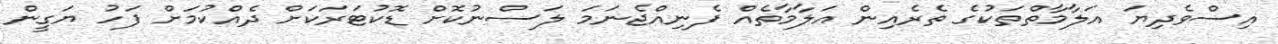
އިސްވެދިޔަ އަލާމާތްތަކުގެ ތެރެއިން އަލާމާތެއް ފެނިއްޖެނަމަ ލަސްނުކޮށް ޑޮކުޓަރަކަށް ދެއްކުމަށް ފަހު ޔަގީން